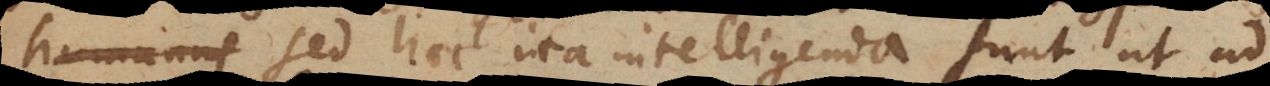
humanus Sed haec ita intelligenda sunt ut ad